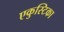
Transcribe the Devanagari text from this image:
एकुस्टिका